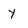
Character: y